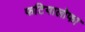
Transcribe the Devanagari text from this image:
फटियालोफा